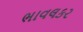
ભાવલકર